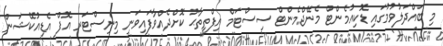
މި ބައްދަލުވުމުގައި ޑޮކިއުމެންޓް މެނޭޖްމެންޓް ސިސްޓަމް އިފްތިތާޙު ކޮށްދެއްވާފައިވަނީ މިނިސްޓަރ އޮފް އެޑިއުކޭޝަން